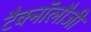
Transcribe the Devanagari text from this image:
टैक्नॉलौजी